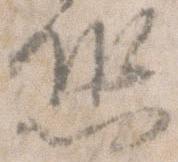
恐